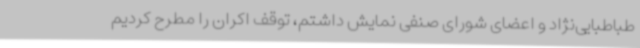
طباطبایی‌نژاد و اعضای شورای صنفی نمایش داشتم، توقف اکران را مطرح کردیم